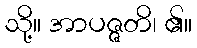
သို့။ အာပဇ္ဇတိ၊ ၏။